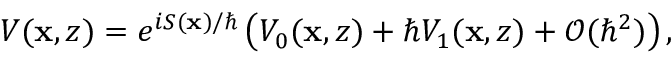
V ( \mathbf { x } , z ) = e ^ { i S ( \mathbf { x } ) / \hbar } \left( V _ { 0 } ( \mathbf { x } , z ) + \hbar V _ { 1 } ( \mathbf { x } , z ) + \mathcal { O } ( \hbar ^ { 2 } ) \right) ,